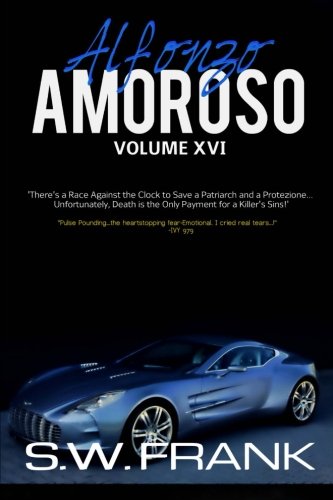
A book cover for Amoroso (Alfonzo) (Volume 16); S.W. Frank; Literature & Fiction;